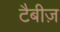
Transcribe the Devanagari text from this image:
टैबीज़